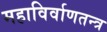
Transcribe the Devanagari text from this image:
महाविर्वाणतन्त्र